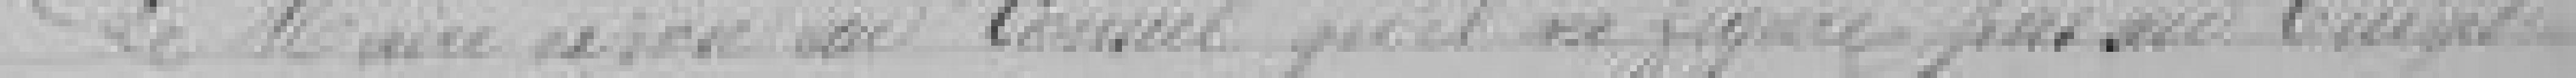
Le Maire expose au Conseil qu'il ne figure pas au budget